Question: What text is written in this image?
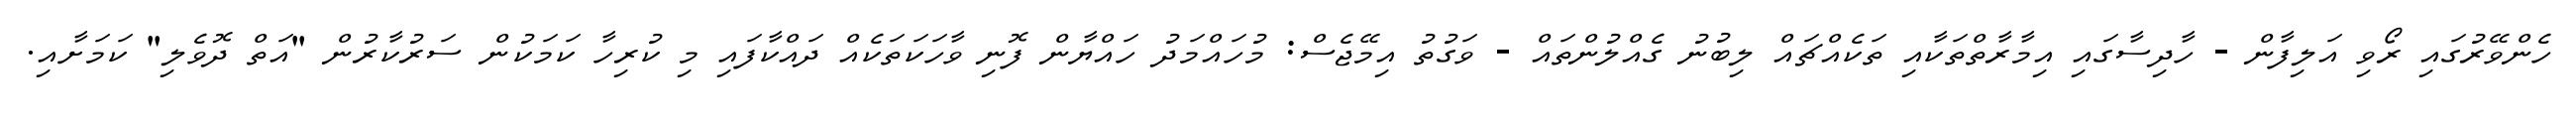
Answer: ހެންވޭރުގައި ރޯވި އަލިފާން - ހާދިސާގައި އިމާރާތްތަކާއި ތަކެއްޗައް ލިބުނު ގެއްލުންތައް - ވަގުތު އިމޭޖެސް: މުހައްމަދު ހައްޔާން ފޮނި ވާހަކަތަކެއް ދައްކާފައި މި ކުރިހާ ކަމަކުން ސަރުކާރުން "އަތް ދޮވެލި" ކަމަށާއި.